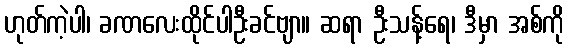
ဟုတ်ကဲ့ပါ၊ ခဏလေးထိုင်ပါဦးခင်ဗျာ။ ဆရာ ဦးသန့်ရေ၊ ဒီမှာ အစ်ကို